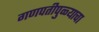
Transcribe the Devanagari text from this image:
गणपतीपुळ्याचा